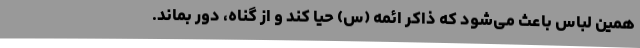
همین لباس باعث می‌شود که ذاکر ائمه (س) حیا کند و از گناه، دور بماند.